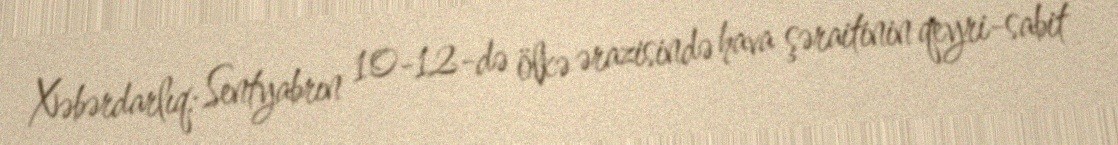
Xəbərdarlıq: Sentyabrın 10-12-də ölkə ərazisində hava şəraitinin qeyri-sabit